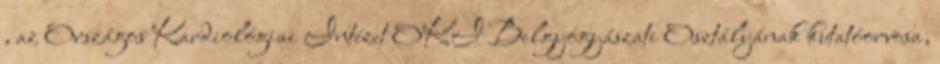
, az Országos Kardiológiai Intézet OKI Belgyógyászati Osztályának kutatóorvosa,